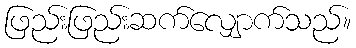
ဖြည်းဖြည်းဆက်လျှောက်သည်။